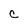
Character: c